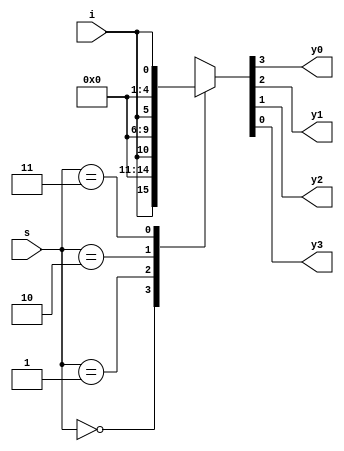
module demux_1_4(
  input [1:0]s,
  input  i,
  output reg y0,y1,y2,y3);
  
  always @(*) begin
    case(s)
      2'h0:{y0,y1,y2,y3}={i,3'b0};
      2'h1:{y0,y1,y2,y3}={1'b0,i,2'b0};
      2'h2:{y0,y1,y2,y3}={2'b0,i,1'b0};
      2'h3:{y0,y1,y2,y3}={3'b0,i};
    endcase
      end
endmodule